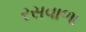
રસવાળા